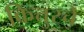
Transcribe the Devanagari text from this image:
कित्तुरचे